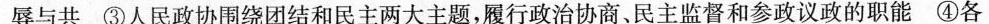
辱与共③人民政协围绕团结和民主两大主题，履行政治协商、民主监督和参政议政的职能④各